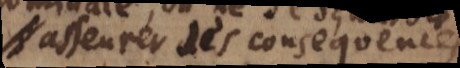
asseurer des consequences